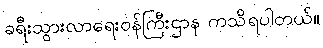
ခရီးသွားလာရေးဝန်ကြီးဌာန ကသိရပါတယ်။